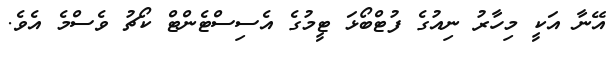
އޭނާ އަކީ މިހާރު ނިއުގެ ފުޓްބޯޅަ ޓީމުގެ އެސިސްޓެންޓް ކޯޗު ވެސްމެ އެވެ.